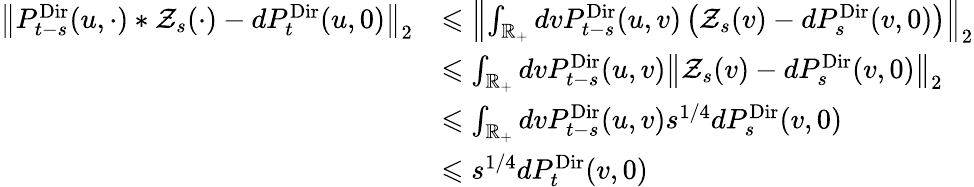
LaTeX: \begin{array}{rl}{\left\Vert P_{t-s}^{\mathrm{Dir}}(u,\cdot)\ast\mathcal Z_{s}(\cdot)-dP_{t}^{\mathrm{Dir}}(u,0)\right\Vert_{2}}&{\leqslant\left\Vert\int_{\mathbb R_{+}}dvP_{t-s}^{\mathrm{Dir}}(u,v)\left(\mathcal Z_{s}(v)-dP_{s}^{\mathrm{Dir}}(v,0)\right)\right\Vert_{2}}\\ &{\leqslant\int_{\mathbb R_{+}}dvP_{t-s}^{\mathrm{Dir}}(u,v)\left\Vert\mathcal Z_{s}(v)-dP_{s}^{\mathrm{Dir}}(v,0)\right\Vert_{2}}\\ &{\leqslant\int_{\mathbb R_{+}}dvP_{t-s}^{\mathrm{Dir}}(u,v)s^{1/4}dP_{s}^{\mathrm{Dir}}(v,0)}\\ &{\leqslant s^{1/4}dP_{t}^{\mathrm{Dir}}(v,0)}\end{array}